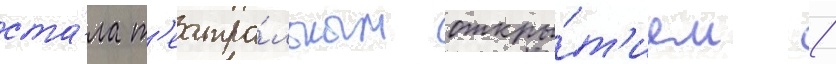
ста́ла т'еатра́льным откры́т'ием /